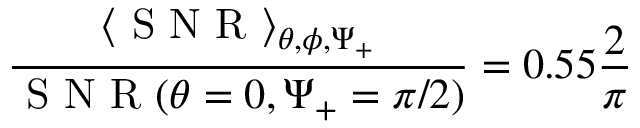
\frac { \langle \mathrm { ~ S ~ N ~ R ~ } \rangle _ { \theta , \phi , \Psi _ { + } } } { \mathrm { ~ S ~ N ~ R ~ } ( \theta = 0 , \Psi _ { + } = \pi / 2 ) } = 0 . 5 5 \frac { 2 } { \pi }